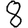
Digit: 8